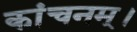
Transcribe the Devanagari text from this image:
कांचनम्।